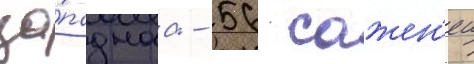
за́паднаа - 56 сажен'еи